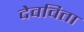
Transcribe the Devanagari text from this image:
देवविता